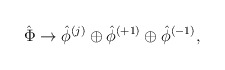
\begin{align*}{\hat \Phi} \rightarrow {\hat \phi}^{(j)} \oplus {\hat \phi}^{(+1)}\oplus {\hat \phi}^{(-1)},\end{align*}